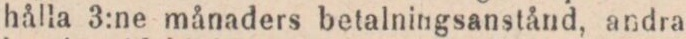
hålla 3:ne månaders betalningsanstånd, andra